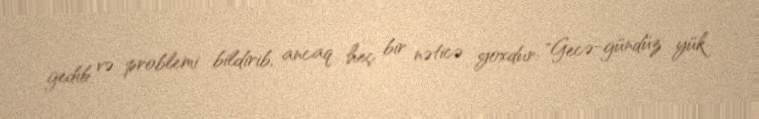
gedib və problemi bildirib, ancaq heç bir nəticə yoxdur: "Gecə-gündüz yük